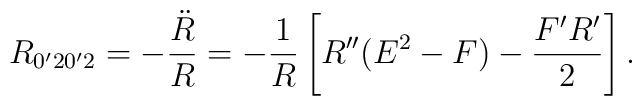
R_{0'20'2} = -{\ddot{R}\over R}= -{1 \over R}\left[ R''(E^2 - F) - {F'R' \over 2}\right].